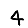
Digit: 4